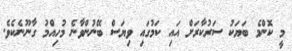
މީ ކޮންމެ ބަޔަކު ސަރުކާރަށް އައި ކަމުގައި ވިޔަސް ބޭނުންވާނެ މުހިއްމު ގާނޫނެކެވެ.